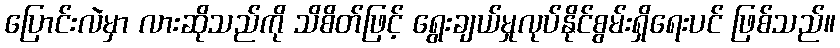
ပြောင်းလဲမှာ လားဆိုသည်ကို သိစိတ်ဖြင့် ရွေးချယ်မှုလုပ်နိုင်စွမ်းရှိရေးပင် ဖြစ်သည်။